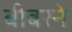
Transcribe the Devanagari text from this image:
बीबरने